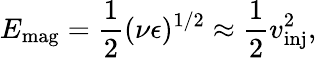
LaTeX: E_{\textrm{mag}}=\frac{1}{2}(\nu\epsilon)^{1/2}\approx\frac{1}{2}v_{\textrm{inj}}^{2},